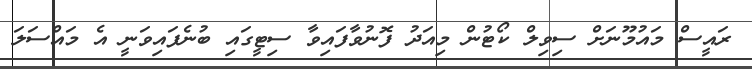
ރައީސް މައުމޫނަށް ސިވިލް ކޯޓުން މިއަދު ފޮނުވާފައިވާ ސިޓީގައި ބުނެފައިވަނީ އެ މައްސަލަ